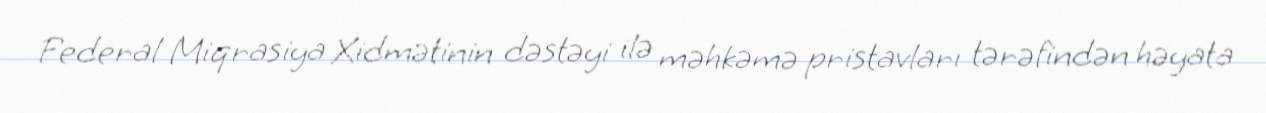
Federal Miqrasiya Xidmətinin dəstəyi ilə məhkəmə pristavları tərəfindən həyata